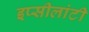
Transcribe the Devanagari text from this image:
इप्सीलांटी